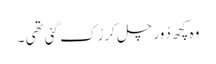
وہ کچھ دُور چل کر رُک گئی تھی ۔